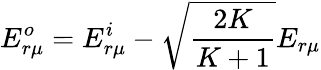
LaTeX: E_{r\mu}^{o}=E_{r\mu}^{i}-\sqrt{\frac{2K}{K+1}}E_{r\mu}